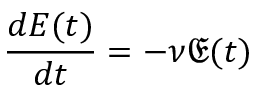
\frac { d E ( t ) } { d t } = - \nu \mathfrak { E } ( t )